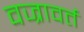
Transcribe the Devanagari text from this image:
वज्रावर्त